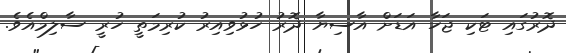
ދޮރުގައި ޓަކި ޖަހާ އަޑަށް އާސިޔާ ދޮރު ހުޅުވިއިރު ކުރިމަތީ ހުރީ ސާލިމްއެވެ.